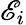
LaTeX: \mathscr{E}_{i}